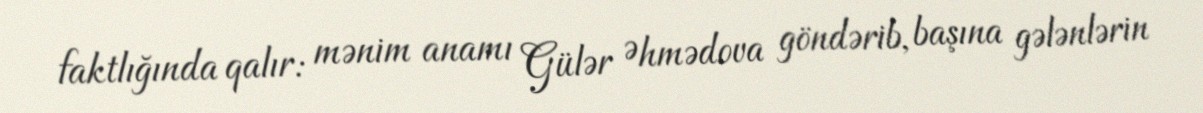
faktlığında qalır: mənim anamı Gülər Əhmədova göndərib, başına gələnlərin